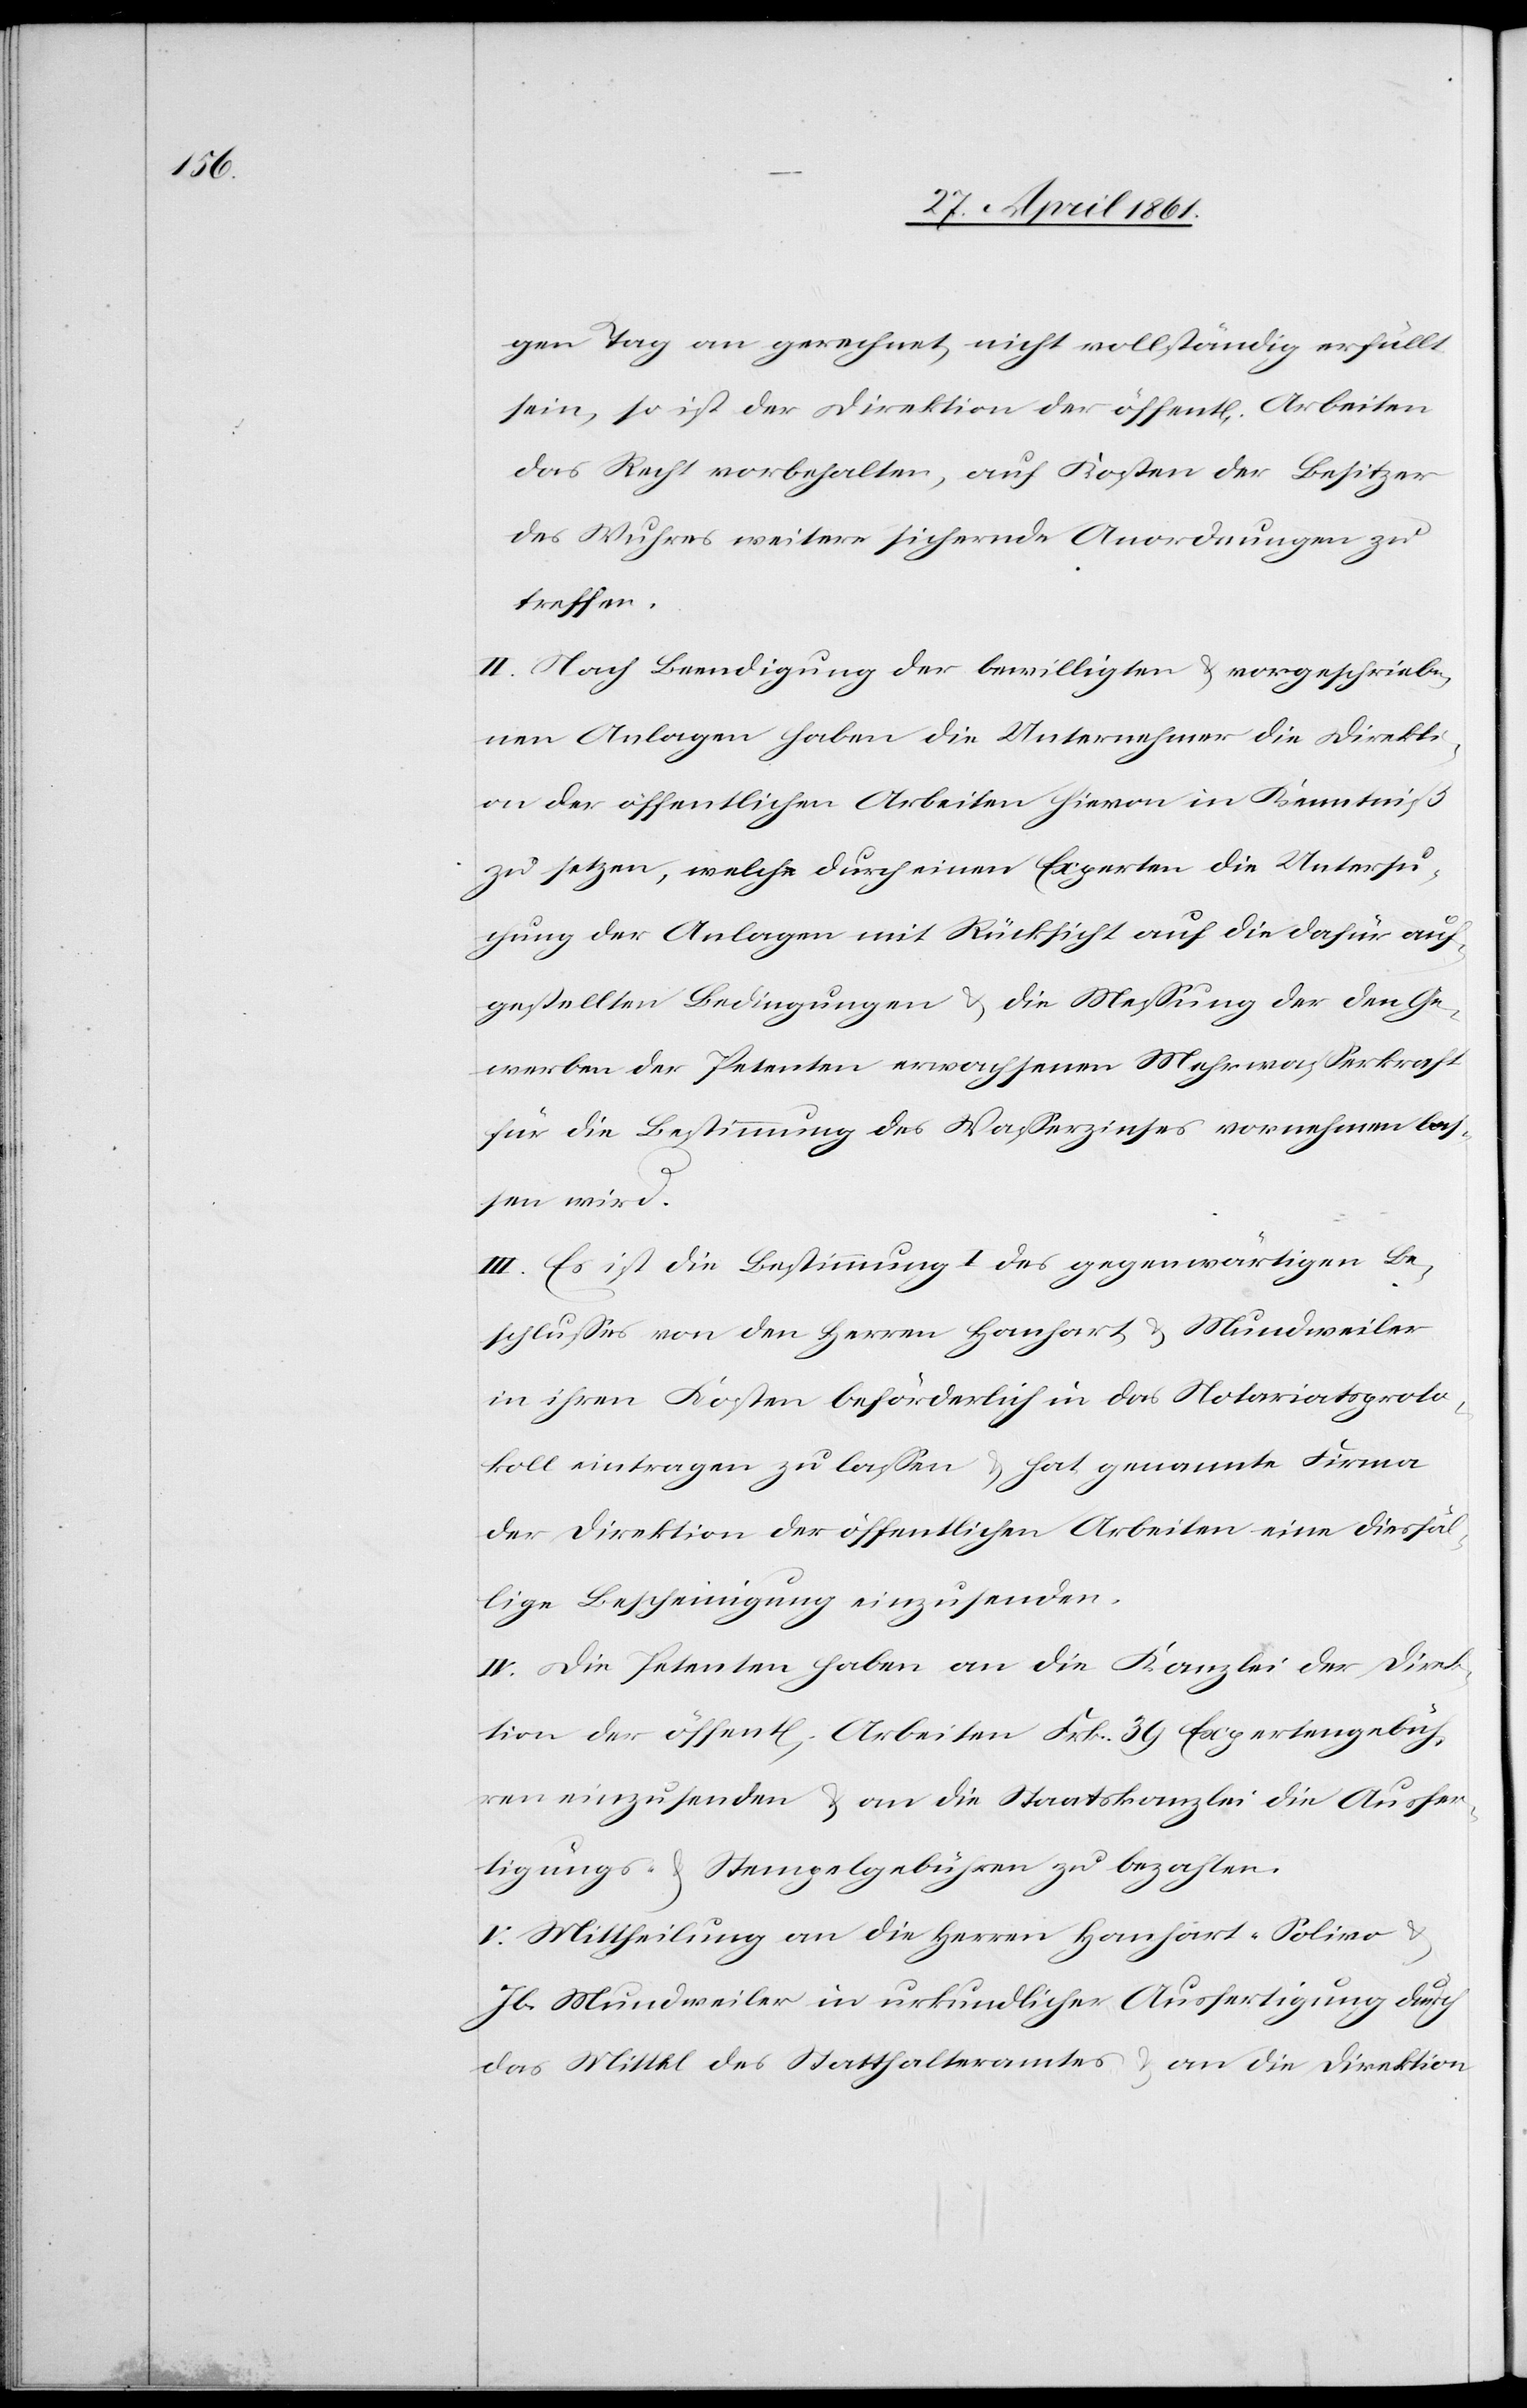
gen Tag an gerechnet, nicht vollständig erfüllt
sein, so ist der Direktion der öffent[lichen] Arbeiten
das Recht vorbehalten, auf Kosten der Besitzer
des Wuhres weitere sichernde Anordnungen zu
treffen.
II. Nach Beendigung der bewilligten u. vorgeschriebe¬
nen Anlagen haben die Unternehmer die Direkti¬
on der öffentlichen Arbeiten hievon in Kenntniß
zu setzen, welche durch einen Experten die Untersu¬
chung der Anlagen mit Rücksicht auf die dafür auf¬
gestellten Bedingungen u. die Messung der den Ge¬
werben der Petenten erwachsenen Mehrwasserkraft
für Bestimmung des Wasserzinses vornehmen las¬
sen wird.
III. Es ist die Bestimmung I des gegenwärtigen Be¬
schlusses von den Herren Hanhart u. Mundweiler
in ihren Kosten beförderlich in das Notariatsproto¬
koll eintragen zu lassen u. hat genannte Firma
der Direktion der öffentlichen Arbeiten eine diesfäl¬
lige Bescheinigung einzusenden.
IV. Die Petenten haben an die Kanzlei der Direk¬
tion der öffent[lichen] Arbeiten Frk. 39 Expertengebüh¬
ren einzusenden u. an die Staatskanzlei die Ausfer¬
tigungs- u. Stempelgebühren zu bezahlen.
V. Mittheilung an die Herren Hanhart-Solivo
Jb. Mundweiler in urkundlicher Ausfertigung durch
das Mittel des Statthalteramtes u. an die Direktion